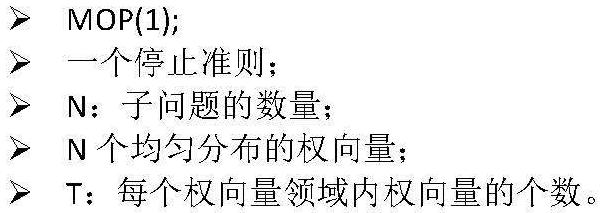
\begin{itemize}
\item MOP(1);
\item 一个停止准则；
\item N：子问题的数量；
\item N 个均匀分布的权向量；
\item T：每个权向量领域内权向量的个数。
\end{itemize}